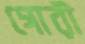
গোরী